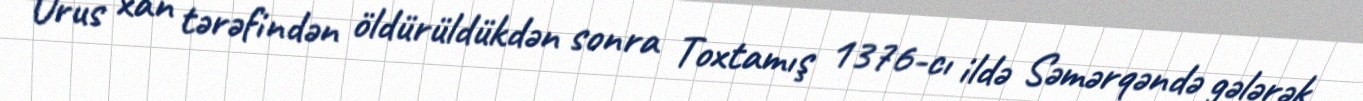
Urus xan tərəfindən öldürüldükdən sonra Toxtamış 1376-cı ildə Səmərqəndə gələrək